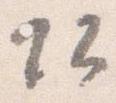
頭